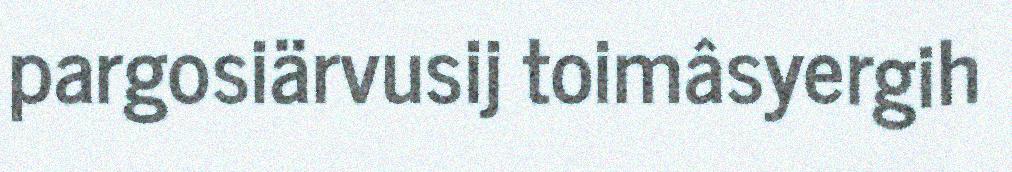
pargosiärvusij toimâsyergih